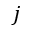
j